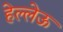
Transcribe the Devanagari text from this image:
हेल्लेऊ